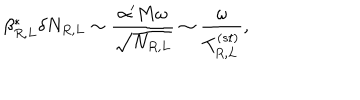
\beta _ { R , L } ^ { * } \delta N _ { R , L } \sim { \frac { \alpha ^ { \prime } M \omega } { \sqrt { N _ { R , L } } } } \sim { \frac { \omega } { T _ { R , L } ^ { ( s t ) } } } ,